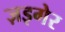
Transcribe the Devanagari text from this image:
ज़इगेर